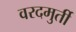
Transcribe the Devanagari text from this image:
वरदमुर्ती